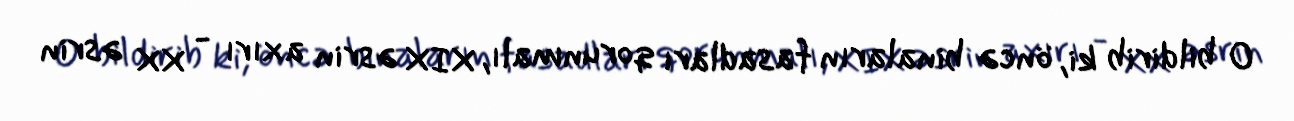
O bildirib ki, öncə binaların fasadları qorunmalı, XIX əsrin axırı - XX əsrin